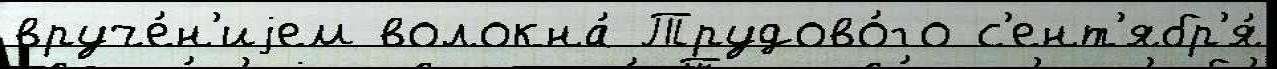
вруче́н'иjем волокна́ Трудово́го с'ент'ябр'я́